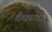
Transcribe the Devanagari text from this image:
थैक्सटर